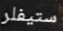
ستيفلر